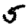
Digit: 5